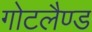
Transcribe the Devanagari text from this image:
गोटलैण्ड